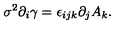
\sigma ^ { 2 } \partial _ { i } \gamma = \epsilon _ { i j k } \partial _ { j } A _ { k } .